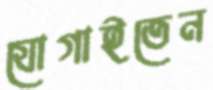
যোগাইতেন